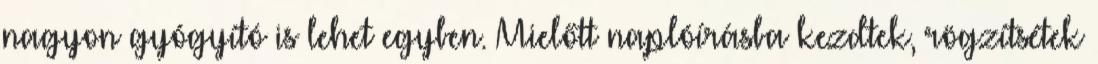
nagyon gyógyító is lehet egyben. Mielőtt naplóírásba kezdtek, rögzítsétek